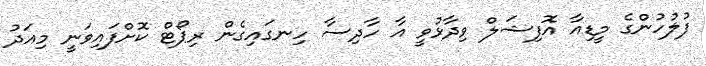
ފުލުުހުންގެ މީޑިއާ އޮފިޝަލް ވިދާޅުވީ އާ ހާދިސާ ހިނގައިގެން ރިޕޯޓް ކޮށްފައިވަނީ މިއަދު